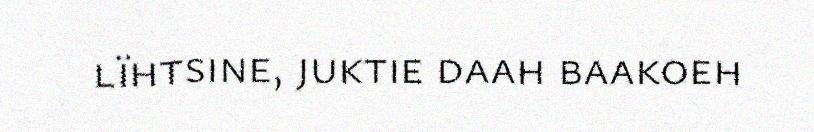
lïhtsine, juktie daah baakoeh